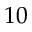
1 0